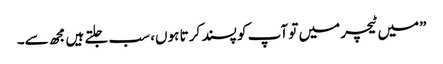
”میں ٹیچر میں تو آپ کو پسند کر تا ہوں، سب جلتے ہیں مجھ سے۔